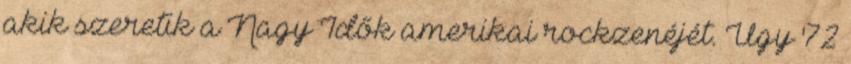
akik szeretik a Nagy Idők amerikai rockzenéjét. Úgy '72